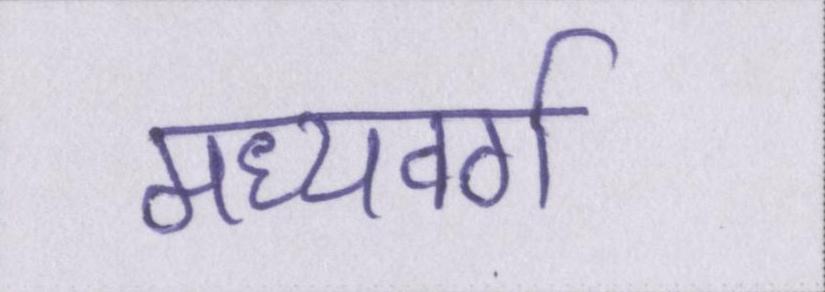
मध्यवर्ग